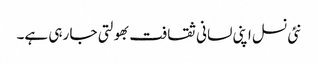
نئی نسل اپنی لسانی ثقافت بھولتی جا رہی ہے۔